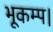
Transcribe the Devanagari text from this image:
भूकम्प।